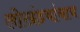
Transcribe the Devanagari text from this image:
लोखंडयांचाच